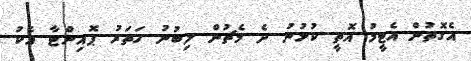
އެގޮތުން އެޓީމު އޮތީ ކުޅުނު ދެ މެޗުން ލިބުނު ހަތަރު ޕޮއިންޓާ އެކު